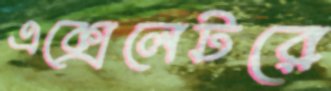
এক্সেলেটরে